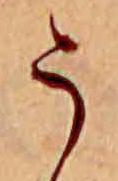
う